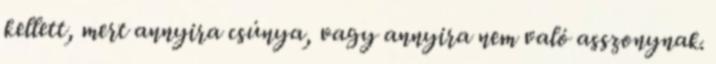
kellett, mert annyira csúnya, vagy annyira nem való asszonynak.